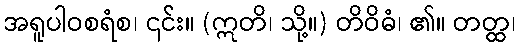
အရူပါဝစရံစ၊ ၎င်း။ (ဣတိ၊ သို့။) တိဝိဓံ၊ ၏။ တတ္ထ၊